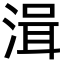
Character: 湒